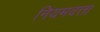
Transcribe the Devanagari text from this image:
नियमवत्ता